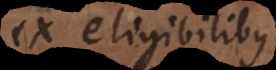
ex eligibilibus